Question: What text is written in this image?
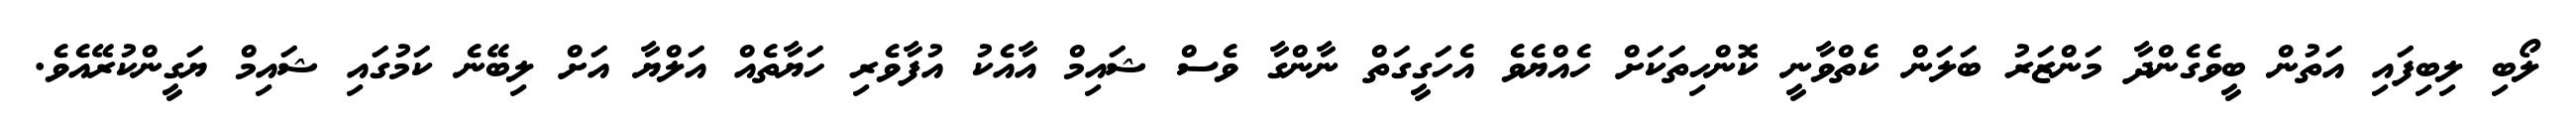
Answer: ލޯބި ލިބިފައި އަތުން ބީވެގެންދާ މަންޒަރު ބަލަން ކެތްވާނީ ކޮންހިތަކަށް ހެއްޔެވެ އެހަގީގަތް ނާންގާ ވެސް ޝައިމް އާއެކު އުފާވެރި ހަޔާތެއް އަލްޔާ އަށް ލިބޭނެ ކަމުގައި ޝައިމް ޔަގީންކުރޭއެވެ.